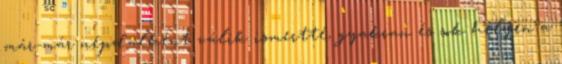
már-már népdalként válik ismertté, gyakran és sok helyen a